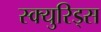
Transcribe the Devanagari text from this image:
स्क्युरिड्स